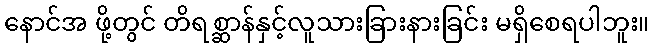
နောင်အ ဖို့တွင် တိရစ္ဆာန်နှင့်လူသားခြားနားခြင်း မရှိစေရပါဘူး။